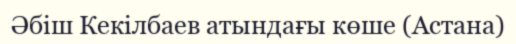
Әбіш Кекілбаев атындағы көше (Астана)